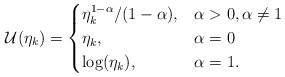
\begin{align*} \mathcal{U}(\eta_k)=\begin{cases}\eta_k^{1-\alpha} / (1-\alpha), & \alpha>0,\alpha \neq 1 \\\eta_k, & \alpha = 0 \\ \log(\eta_k), & \alpha = 1. \end{cases}\end{align*}